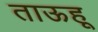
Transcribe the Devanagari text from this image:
ताऊहू